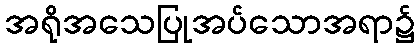
အရိုအသေပြုအပ်သောအရာ၌